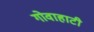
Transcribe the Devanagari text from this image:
गोवाहाटी